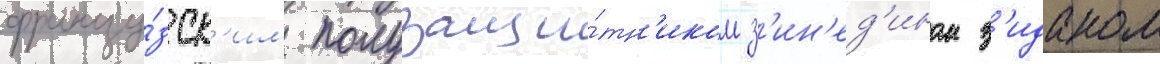
францу́зск'им полузащи́тн'иком з'ин'ед'ином з'иданом